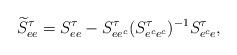
LaTeX: \begin{align*}\widetilde S_{ee}^\tau=S_{ee}^\tau-S_{ee^c}^\tau(S_{e^ce^c}^\tau)^{-1}S_{e^ce}^\tau, \end{align*}